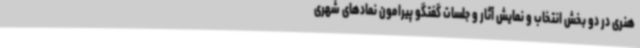
هنری در دو بخش انتخاب و نمایش آثار و جلسات گفتگو پیرامون نمادهای شهری